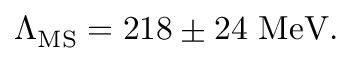
\Lambda _ { \mathrm { { M S } } } = 2 1 8 \pm 2 4 { \mathrm { ~ M e V } } .